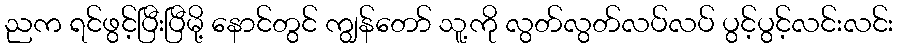
ညက ရင်ဖွင့်ပြီးပြီမို့ နောင်တွင် ကျွန်တော် သူ့ကို လွတ်လွတ်လပ်လပ် ပွင့်ပွင့်လင်းလင်း